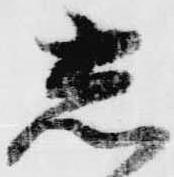
し